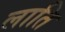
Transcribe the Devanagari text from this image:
लाति